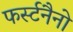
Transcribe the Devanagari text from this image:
फर्स्टनैनो